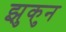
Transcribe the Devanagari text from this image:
झुकुन